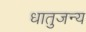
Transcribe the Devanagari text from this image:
धातुजन्य